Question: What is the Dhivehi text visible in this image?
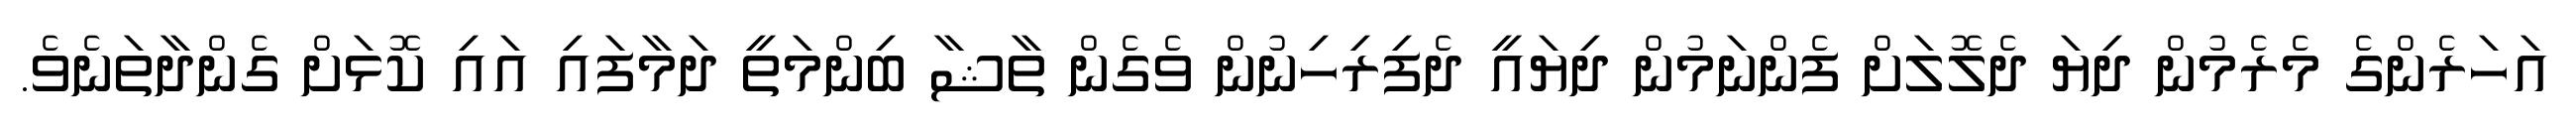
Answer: އަހަރެންގެ މެރެމުން ދިޔަ ދެލޮލަށް ފެންނަމުން ދިޔައީ ދެފިރިހިނުން ވެގެން ތާޝާ ބިންމަތީ ދަމާފައި އައި ކޮޅަށް ގެންދާތަނެވެ.